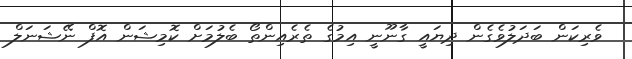
ވެރިކަން ބަދަލުވެގެން ދިޔައީ ގާނޫނީ އިމުގެ ތެރެއިންތޯ ބެލުމަށް ކޮމިޝަން އޮފް ނޭޝަނަލް